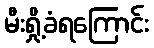
မီးရှို့ခံရကြောင်း